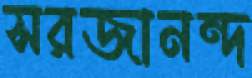
সরজানন্দ